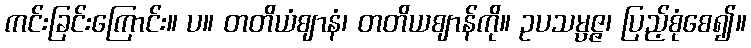
ကင်းခြင်းကြောင်း။ ပ။ တတိယံဈာနံ၊ တတိယဈာန်ကို။ ဥပသမ္ပဇ္ဇ၊ ပြည့်စုံစေ၍။